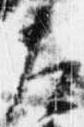
左